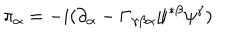
LaTeX: \pi _ { \alpha } = - i ( \partial _ { \alpha } - \Gamma _ { \gamma \beta \alpha } \psi ^ { * \beta } \psi ^ { \gamma } )